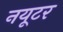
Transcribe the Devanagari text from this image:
नयूटर